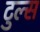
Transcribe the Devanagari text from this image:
टुल्स